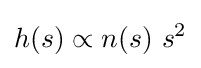
h(s)\propto n(s)\ s^{2}